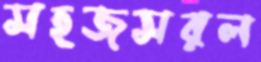
সহজসরল